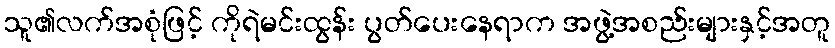
သူ၏လက်အစုံဖြင့် ကိုရဲမင်းထွန်း ပွတ်ပေးနေရာက အဖွဲ့အစည်းများနှင့်အတူ